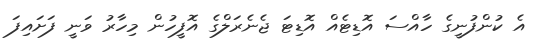
އެ ކުންފުނީގެ ހާއްސަ އޮޑިޓެއް އޮޑިޓަ ޖެނެރަލްގެ އޮފީހުން މިހާރު ވަނީ ފަށައިފަ